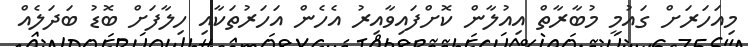
މިއަހަރަށް ގައުމީ މުބާރާތް އިއުލާން ކޮށްފައިވާއިރު އެހެން އަހަރުތަކާއި ހިލާފަށް ބޮޑު ބަދަލެއް